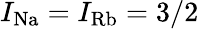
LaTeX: I_{\mathrm{Na}}=I_{\mathrm{Rb}}=3/2